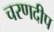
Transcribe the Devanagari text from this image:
चरणदीप